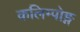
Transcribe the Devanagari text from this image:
कलिम्पोङ्ग